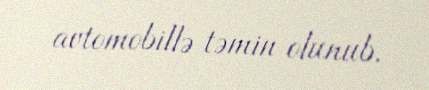
avtomobillə təmin olunub.